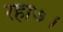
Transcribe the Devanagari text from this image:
रहा७।